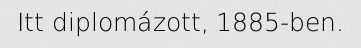
Itt diplomázott, 1885-ben.